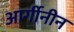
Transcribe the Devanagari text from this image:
आर्गीनीन